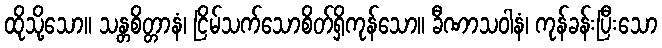
ထိုသို့သော။ သန္တစိတ္တာနံ၊ ငြိမ်သက်သောစိတ်ရှိကုန်သော။ ခီဏာသဝါနံ၊ ကုန်ခန်းပြီးသော